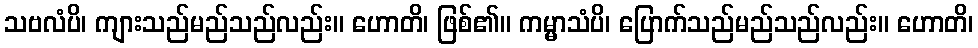
သဗလံပိ၊ ကျားသည်မည်သည်လည်း။ ဟောတိ၊ ဖြစ်၏။ ကမ္မာသံပိ၊ ပြောက်သည်မည်သည်လည်း။ ဟောတိ၊